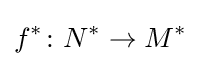
f^{*}\colon N^{*}\to M^{*}